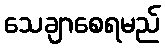
သေချာစေရမည်